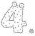
4.